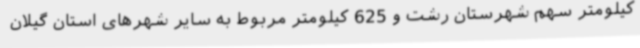
کیلومتر سهم شهرستان رشت و 625 کیلومتر مربوط به سایر شهرهای استان گیلان